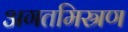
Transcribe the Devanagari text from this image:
अगतमिस्रण